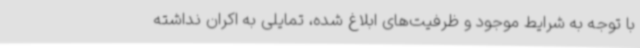
با توجه به شرایط موجود و ظرفیت‌های ابلاغ شده، تمایلی به اکران نداشته